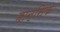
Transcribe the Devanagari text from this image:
हान्सिक